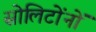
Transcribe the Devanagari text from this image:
सोलिटोंनों